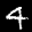
Label: 4